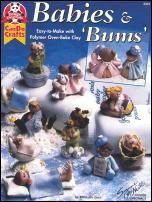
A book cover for Babies & Bums Easy To Make With Polymer Oven Baked Clay; Michelle Lott; Crafts, Hobbies & Home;